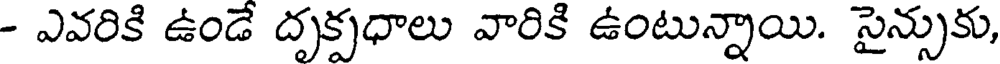
- ఎవరికి ఉండే దృక్పధాలు వారికి ఉంటున్నాయి. సైన్సుకు,